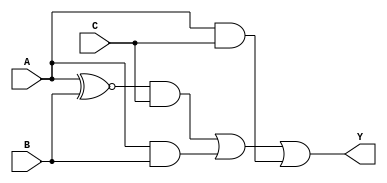
module kmap_3var (
    input wire A,  // Input variable A
    input wire B,  // Input variable B
    input wire C,  // Input variable C
    output wire Y  // Output Y
);

// K-map simplification based on the provided K-map layout
// The simplified Boolean expression derived from the K-map is:
// Y = A'C + AB + AC

assign Y = (A ~^ B) & C | (A & B) | (A & C);

endmodule